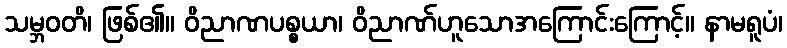
သမ္ဘဝတိ၊ ဖြစ်၏။ ဝိညာဏပစ္စယာ၊ ဝိညာဏ်ဟူသောအကြောင်းကြောင့်။ နာမရူပံ၊